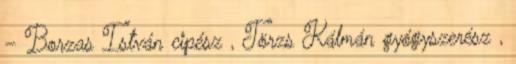
– Borzas István cipész , Törzs Kálmán gyógyszerész ,